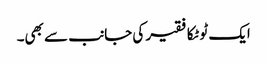
ایک ٹوٹکا فقیر کی جانب سے بھی۔